Report on sanitation, dispensaries, and jails in Rajputana for 1919, and on vaccination for the year 1919-1920 - 1919-1920
Year: 1919
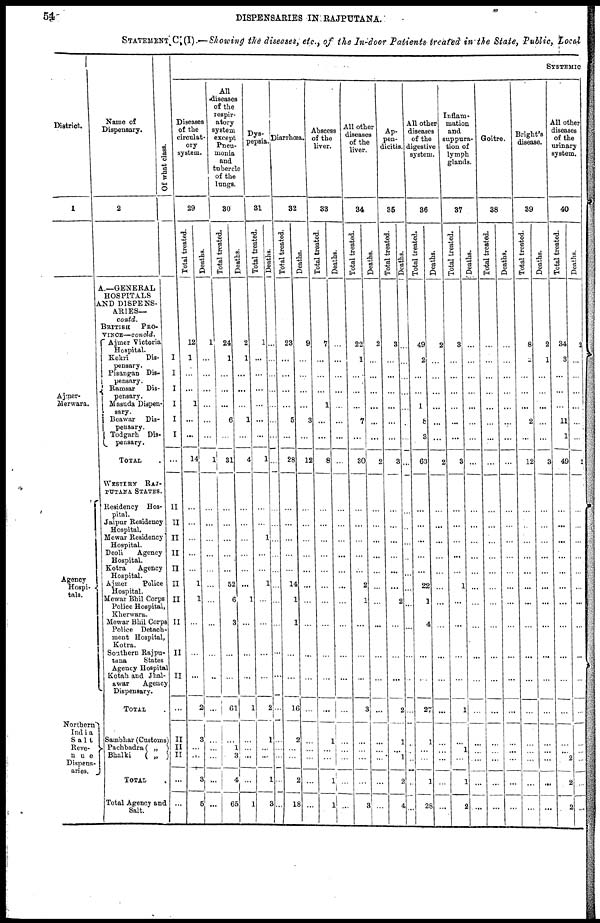
54
DISPENSARIES IN RAJPUTANA.
STATEMENT C (I).—Showing the diseases, etc., of the In-door Patients treated in the State, Public, Local
District.
1
Ajmer-
Merwara.
Agency
Hospi¬
tals.
Northern
India
Salt
Reve¬
nue
Dispens¬
aries.
Name of
Dispensary.
2
A.—GENERAL
HOSPITALS
AND DISPENS-
ARIES—
contd.
BRITISH PRO-
VINCE—concld.
Ajmer Victoria
Hospital.
Kekri
Dis¬
pensary.
Pisangan Dis¬
pensary.
Ramsar Dis¬
pensary.
Masuda Dispen¬
sary.
Beawar Dis¬
pensary.
Todgarh Dis¬
pensary.
TOTAL .
WESTERN RAJ¬
PUTANA STATES.
Residency Hos-
pital.
Jaipur Residency
Hospital.
Mewar Residency
Hospital.
Deoli
Agency
Hospital.
Kotra
Agency
Hospital.
Ajmer
Police
Hospital.
Mewar Bhil Corps
Police Hospital,
Kherwara.
Mewar Bhil Corps
Police Detach-
ment Hospital,
Kotra.
Southern Rajpu¬
tana
States
Agency Hospital
Kotah and Jhal¬
awar
Agency
Dispensary.
TOTAL
Sambhar (Customs)
Pachbadra( „ )
Bhalki
( „ )
TOTAL .
Total Agency and
Salt.
Of what class.
I
I
I
I
I
I
...
II
II
II
II
II
II
II
II
II
II
...
II
II
II
...
...
SYSTEMIC
Diseases
of the
circulat-
ory
system.
29
Total treated.
12
1
...
...
1
...
...
14
...
...
...
...
...
1
1
...
...
...
2
3
...
...
3
5
Deaths.
1
...
...
...
...
...
...
1
...
...
...
...
...
...
...
...
...
...
...
...
...
...
...
...
All
diseases
of the
respir-
atory
system
except
Pneu-
monia
and
tubercle
of the
lungs.
30
Total treated.
24
1
...
...
...
6
...
31
...
...
...
...
...
52
6
3
...
...
61
...
1
3
4
65
Deaths.
2
1
...
...
...
1
...
4
...
...
...
...
...
...
1
...
...
...
1
...
...
...
...
1
Dys-
pepsia.
31
Total treated.
1
...
...
...
...
...
...
1
...
...
1
...
...
1
...
...
...
...
2
1
...
...
1
3
Deaths.
...
...
...
...
...
...
...
...
...
...
...
...
...
...
...
...
...
...
...
...
...
...
...
...
Diarrhœa.
32
Total treated.
23
...
...
...
...
5
. ...
28
...
...
...
...
...
14
1
1
...
...
16
2
...
...
2
18
Deaths.
9
...
...
...
...
3
...
12
...
...
...
...
...
...
...
...
...
...
...
...
...
...
...
...
Abscess
of the
liver.
33
Total treated.
7
...
...
...
1
...
...
8
...
...
...
...
...
...
...
...
...
...
...
1
...
...
1
1
Deaths.
...
...
...
...
...
...
...
...
...
...
...
...
...
...
...
...
...
...
...
...
...
...
...
...
All other
diseases
of the
liver.
34
Total treated.
22
1
...
...
...
7
...
30
...
...
...
...
...
2
1
...
...
...
3
...
...
...
...
3
Deaths.
~
2
...
...
...
...
...
...
2
...
...
...
...
...
...
...
...
...
...
...
...
...
...
...
...
Ap¬
pen¬
dicitis.
35
Total treated.
3
...
...
...
...
...
...
3
...
...
...
...
...
...
2
...
...
...
2
1
...
1
2
4
Deaths.
...
...
...
...
...
...
...
...
...
...
...
...
...
...
...
...
...
...
...
...
...
...
...
...
All other
diseases
of the
digestive
system.
36
Total treated.
49
2
...
...
1
8
3
63
...
...
...
...
...
22
1
4
...
...
27
1
...
...
1
28
Deaths.
2
...
...
...
...
...
...
2
...
...
...
...
...
...
...
...
...
...
...
...
...
...
...
...
Inflam-
mation
and
suppura-
tion of
lymph
glands.
37
Total treated.
3
...
...
...
...
...
...
3
...
...
...
...
...
1
...
...
...
...
1
...
1
...
1
2
Deaths.
...
...
...
...
...
...
...
...
...
...
...
...
...
...
...
...
...
...
...
...
...
...
...
...
Goitre.
38
Total treated.
...
...
...
...
...
...
...
...
...
...
...
...
...
...
...
...
...
...
...
...
...
...
...
...
Deaths.
...
...
...
...
...
...
...
...
...
...
...
...
...
...
...
...
...
...
...
...
...
...
...
...
Bright's
disease.
39
Total treated.
8
...
...
...
...
2
...
12
...
...
...
...
...
...
...
...
...
...
...
...
...
...
...
...
Deaths.
2
1
...
...
...
...
...
3
...
...
...
...
...
...
...
...
...
...
...
...
...
...
...
...
All other
diseases
of the
urinary
system.
40
Total treated.
34
3
...
...
...
11
1
49
...
...
...
...
...
...
...
...
...
...
...
...
...
2
2
2
Deaths.
2
...
...
...
...
...
2
...
...
...
...
...
...
...
...
...
...
...
...
...
...
...
...